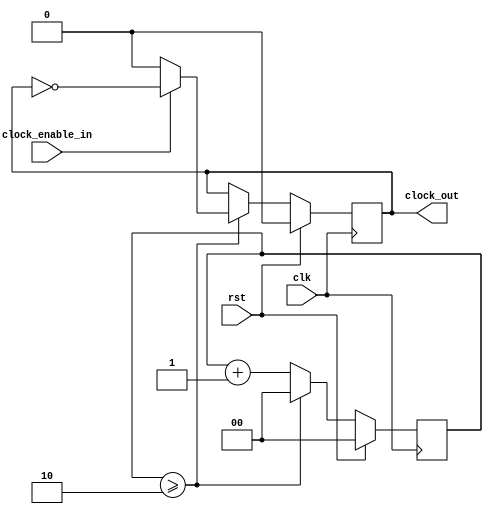
// This program was cloned from: https://github.com/MiSTeX-devel/MiSTeX-ports
// License: BSD 3-Clause "New" or "Revised" License

/* Generated by Yosys 0.17 (git sha1 6f9602b4c, gcc 11.3.0-1ubuntu1~22.04 -fPIC -Os) */

module sck_divider(clock_enable_in, rst, clk, clock_out);
  reg \$auto$verilog_backend.cc:2083:dump_module$17  = 0;
  wire \$1 ;
  wire \$3 ;
  wire \$5 ;
  wire [2:0] \$7 ;
  wire [2:0] \$8 ;
  input clk;
  wire clk;
  reg [1:0] clock_counter = 2'h0;
  reg [1:0] \clock_counter$next ;
  input clock_enable_in;
  wire clock_enable_in;
  output clock_out;
  reg clock_out = 1'h0;
  reg \clock_out$next ;
  input rst;
  wire rst;
  assign \$1  = clock_counter >= 2'h2;
  assign \$3  = ~ clock_out;
  assign \$5  = clock_counter >= 2'h2;
  assign \$8  = clock_counter + 1'h1;
  always @(posedge clk)
    clock_counter <= \clock_counter$next ;
  always @(posedge clk)
    clock_out <= \clock_out$next ;
  always @* begin
    if (\$auto$verilog_backend.cc:2083:dump_module$17 ) begin end
    \clock_out$next  = clock_out;
    casez (\$1 )
      1'h1:
          (* full_case = 32'd1 *)
          casez (clock_enable_in)
            1'h1:
                \clock_out$next  = \$3 ;
            default:
                \clock_out$next  = 1'h0;
          endcase
    endcase
    casez (rst)
      1'h1:
          \clock_out$next  = 1'h0;
    endcase
  end
  always @* begin
    if (\$auto$verilog_backend.cc:2083:dump_module$17 ) begin end
    (* full_case = 32'd1 *)
    casez (\$5 )
      1'h1:
          \clock_counter$next  = 2'h0;
      default:
          \clock_counter$next  = \$8 [1:0];
    endcase
    casez (rst)
      1'h1:
          \clock_counter$next  = 2'h0;
    endcase
  end
  assign \$7  = \$8 ;
endmodule

module spi_device(spi_device__sdi, spi_device__sck, spi_device__cs, word_in, word_out, word_accepted, word_complete, rst, clk, spi_device__sdo);
  reg \$auto$verilog_backend.cc:2083:dump_module$18  = 0;
  wire \$1 ;
  wire \$11 ;
  wire [6:0] \$13 ;
  wire \$15 ;
  wire \$17 ;
  wire \$19 ;
  wire \$21 ;
  wire \$23 ;
  wire \$25 ;
  wire [6:0] \$27 ;
  wire \$29 ;
  wire \$3 ;
  wire \$31 ;
  wire \$33 ;
  wire \$35 ;
  wire \$37 ;
  wire [6:0] \$39 ;
  wire [6:0] \$40 ;
  wire \$42 ;
  wire \$44 ;
  wire \$46 ;
  wire \$48 ;
  wire \$5 ;
  wire \$7 ;
  wire \$9 ;
  (* \amaranth.sample_reg  = 32'd1 *)
  reg \$sample$s$chip_selected$sync$1  = 1'h0;
  wire \$sample$s$chip_selected$sync$1$next ;
  (* \amaranth.sample_reg  = 32'd1 *)
  reg \$sample$s$serial_clock$sync$1  = 1'h0;
  wire \$sample$s$serial_clock$sync$1$next ;
  reg [5:0] bit_count = 6'h00;
  reg [5:0] \bit_count$next ;
  wire chip_selected;
  input clk;
  wire clk;
  reg [39:0] current_rx = 40'h0000000000;
  reg [39:0] \current_rx$next ;
  reg [39:0] current_tx = 40'h0000000000;
  reg [39:0] \current_tx$next ;
  reg is_first_bit = 1'h0;
  reg \is_first_bit$next ;
  wire \output ;
  input rst;
  wire rst;
  wire sample;
  wire serial_clock;
  input spi_device__cs;
  wire spi_device__cs;
  input spi_device__sck;
  wire spi_device__sck;
  input spi_device__sdi;
  wire spi_device__sdi;
  output spi_device__sdo;
  reg spi_device__sdo = 1'h0;
  reg \spi_device__sdo$next ;
  output word_accepted;
  reg word_accepted = 1'h0;
  reg \word_accepted$next ;
  output word_complete;
  reg word_complete = 1'h0;
  reg \word_complete$next ;
  output [39:0] word_in;
  reg [39:0] word_in = 40'h0000000000;
  reg [39:0] \word_in$next ;
  input [39:0] word_out;
  wire [39:0] word_out;
  assign \$9  = ~ \$sample$s$serial_clock$sync$1 ;
  assign \$11  = \$9  & serial_clock;
  assign \$13  = bit_count + 1'h1;
  assign \$15  = \$13  == 6'h28;
  assign \$17  = ~ spi_device__cs;
  assign \$1  = ~ \$sample$s$serial_clock$sync$1 ;
  assign \$19  = ~ \$sample$s$chip_selected$sync$1 ;
  assign \$21  = \$19  & chip_selected;
  assign \$23  = ~ \$sample$s$serial_clock$sync$1 ;
  assign \$25  = \$23  & serial_clock;
  assign \$27  = bit_count + 1'h1;
  assign \$29  = \$27  == 6'h28;
  assign \$31  = ~ serial_clock;
  assign \$33  = \$sample$s$serial_clock$sync$1  & \$31 ;
  assign \$35  = ~ \$sample$s$serial_clock$sync$1 ;
  assign \$37  = \$35  & serial_clock;
  assign \$3  = \$1  & serial_clock;
  assign \$40  = bit_count + 1'h1;
  assign \$42  = ~ \$sample$s$serial_clock$sync$1 ;
  assign \$44  = \$42  & serial_clock;
  assign \$46  = ~ \$sample$s$serial_clock$sync$1 ;
  assign \$48  = \$46  & serial_clock;
  assign \$5  = ~ serial_clock;
  assign \$7  = \$sample$s$serial_clock$sync$1  & \$5 ;
  always @(posedge clk)
    current_tx <= \current_tx$next ;
  always @(posedge clk)
    spi_device__sdo <= \spi_device__sdo$next ;
  always @(posedge clk)
    word_accepted <= \word_accepted$next ;
  always @(posedge clk)
    word_complete <= \word_complete$next ;
  always @(posedge clk)
    word_in <= \word_in$next ;
  always @(posedge clk)
    \$sample$s$chip_selected$sync$1  <= \$17 ;
  always @(posedge clk)
    \$sample$s$serial_clock$sync$1  <= spi_device__sck;
  always @(posedge clk)
    current_rx <= \current_rx$next ;
  always @(posedge clk)
    is_first_bit <= \is_first_bit$next ;
  always @(posedge clk)
    bit_count <= \bit_count$next ;
  always @* begin
    if (\$auto$verilog_backend.cc:2083:dump_module$18 ) begin end
    \is_first_bit$next  = is_first_bit;
    (* full_case = 32'd1 *)
    casez (chip_selected)
      1'h1:
          casez (\$44 )
            1'h1:
                \is_first_bit$next  = 1'h0;
          endcase
      default:
          \is_first_bit$next  = 1'h1;
    endcase
    casez (rst)
      1'h1:
          \is_first_bit$next  = 1'h0;
    endcase
  end
  always @* begin
    if (\$auto$verilog_backend.cc:2083:dump_module$18 ) begin end
    \current_rx$next  = current_rx;
    casez (chip_selected)
      1'h1:
          casez (\$48 )
            1'h1:
                \current_rx$next  = { current_rx[38:0], spi_device__sdi };
          endcase
    endcase
    casez (rst)
      1'h1:
          \current_rx$next  = 40'h0000000000;
    endcase
  end
  always @* begin
    if (\$auto$verilog_backend.cc:2083:dump_module$18 ) begin end
    \word_in$next  = word_in;
    casez (word_accepted)
      1'h1:
          \word_in$next  = current_rx;
    endcase
    casez (rst)
      1'h1:
          \word_in$next  = 40'h0000000000;
    endcase
  end
  always @* begin
    if (\$auto$verilog_backend.cc:2083:dump_module$18 ) begin end
    (* full_case = 32'd1 *)
    casez (word_accepted)
      1'h1:
          \word_complete$next  = 1'h1;
      default:
          \word_complete$next  = 1'h0;
    endcase
    casez (rst)
      1'h1:
          \word_complete$next  = 1'h0;
    endcase
  end
  always @* begin
    if (\$auto$verilog_backend.cc:2083:dump_module$18 ) begin end
    \word_accepted$next  = 1'h0;
    casez (chip_selected)
      1'h1:
          casez (\$11 )
            1'h1:
                casez (\$15 )
                  1'h1:
                      \word_accepted$next  = 1'h1;
                endcase
          endcase
    endcase
    casez (rst)
      1'h1:
          \word_accepted$next  = 1'h0;
    endcase
  end
  always @* begin
    if (\$auto$verilog_backend.cc:2083:dump_module$18 ) begin end
    \current_tx$next  = current_tx;
    \spi_device__sdo$next  = spi_device__sdo;
    casez (\$21 )
      1'h1:
          { \spi_device__sdo$next , \current_tx$next [39:1] } = current_tx;
    endcase
    (* full_case = 32'd1 *)
    casez (chip_selected)
      1'h1:
        begin
          casez (\$25 )
            1'h1:
                casez (\$29 )
                  1'h1:
                      \current_tx$next  = word_out;
                endcase
          endcase
          casez (\$33 )
            1'h1:
                { \spi_device__sdo$next , \current_tx$next [39:1] } = current_tx;
          endcase
        end
      default:
          \current_tx$next  = word_out;
    endcase
    casez (rst)
      1'h1:
        begin
          \current_tx$next  = 40'h0000000000;
          \spi_device__sdo$next  = 1'h0;
        end
    endcase
  end
  always @* begin
    if (\$auto$verilog_backend.cc:2083:dump_module$18 ) begin end
    \bit_count$next  = bit_count;
    (* full_case = 32'd1 *)
    casez (chip_selected)
      1'h1:
          casez (\$37 )
            1'h1:
                \bit_count$next  = \$40 [5:0];
          endcase
      default:
          \bit_count$next  = 6'h00;
    endcase
    casez (rst)
      1'h1:
          \bit_count$next  = 6'h00;
    endcase
  end
  assign \$39  = \$40 ;
  assign \$sample$s$chip_selected$sync$1$next  = chip_selected;
  assign \$sample$s$serial_clock$sync$1$next  = serial_clock;
  assign chip_selected = \$17 ;
  assign \output  = \$7 ;
  assign sample = \$3 ;
  assign serial_clock = spi_device__sck;
endmodule

module spi_master(spi_controller__sdo, spi_controller__sck, spi_controller__cs, start_transfer, word_in, word_out, word_complete, clk, rst, spi_controller__sdi);
  reg \$auto$verilog_backend.cc:2083:dump_module$19  = 0;
  wire \$1 ;
  wire \$11 ;
  wire \$2 ;
  wire \$5 ;
  wire \$6 ;
  wire \$9 ;
  (* \amaranth.sample_reg  = 32'd1 *)
  reg \$sample$s$clock_out$sync$1  = 1'h0;
  wire \$sample$s$clock_out$sync$1$next ;
  input clk;
  wire clk;
  reg cs = 1'h1;
  reg \cs$next ;
  reg [1:0] fsm_state = 2'h1;
  reg [1:0] \fsm_state$next ;
  input rst;
  wire rst;
  wire sck;
  reg sck_divider_clock_enable_in = 1'h0;
  reg \sck_divider_clock_enable_in$next ;
  wire sck_divider_clock_out;
  output spi_controller__cs;
  wire spi_controller__cs;
  output spi_controller__sck;
  wire spi_controller__sck;
  input spi_controller__sdi;
  wire spi_controller__sdi;
  output spi_controller__sdo;
  wire spi_controller__sdo;
  wire spi_device_spi_device__cs;
  wire spi_device_spi_device__sck;
  wire spi_device_spi_device__sdi;
  wire spi_device_spi_device__sdo;
  wire spi_device_word_accepted;
  wire spi_device_word_complete;
  wire [39:0] spi_device_word_in;
  wire [39:0] spi_device_word_out;
  input start_transfer;
  wire start_transfer;
  wire word_accepted;
  output word_complete;
  wire word_complete;
  output [39:0] word_in;
  wire [39:0] word_in;
  input [39:0] word_out;
  wire [39:0] word_out;
  assign \$9  = ~ \$sample$s$clock_out$sync$1 ;
  assign \$11  = \$9  & sck_divider_clock_out;
  assign \$2  = ! fsm_state;
  assign \$1  = \$2  ? sck_divider_clock_out : 1'h0;
  assign \$6  = ! fsm_state;
  assign \$5  = \$6  ? 1'h0 : 1'h1;
  always @(posedge clk)
    \$sample$s$clock_out$sync$1  <= sck_divider_clock_out;
  always @(posedge clk)
    fsm_state <= \fsm_state$next ;
  always @(posedge clk)
    sck_divider_clock_enable_in <= \sck_divider_clock_enable_in$next ;
  always @(posedge clk)
    cs <= \cs$next ;
  sck_divider sck_divider (
    .clk(clk),
    .clock_enable_in(sck_divider_clock_enable_in),
    .clock_out(sck_divider_clock_out),
    .rst(rst)
  );
  spi_device spi_device (
    .clk(clk),
    .rst(rst),
    .spi_device__cs(spi_device_spi_device__cs),
    .spi_device__sck(spi_device_spi_device__sck),
    .spi_device__sdi(spi_device_spi_device__sdi),
    .spi_device__sdo(spi_device_spi_device__sdo),
    .word_accepted(spi_device_word_accepted),
    .word_complete(spi_device_word_complete),
    .word_in(spi_device_word_in),
    .word_out(spi_device_word_out)
  );
  always @* begin
    if (\$auto$verilog_backend.cc:2083:dump_module$19 ) begin end
    \cs$next  = \$5 ;
    casez (rst)
      1'h1:
          \cs$next  = 1'h1;
    endcase
  end
  always @* begin
    if (\$auto$verilog_backend.cc:2083:dump_module$19 ) begin end
    \sck_divider_clock_enable_in$next  = sck_divider_clock_enable_in;
    casez (fsm_state)
      2'h1:
        begin
          \sck_divider_clock_enable_in$next  = 1'h0;
          casez (start_transfer)
            1'h1:
                \sck_divider_clock_enable_in$next  = 1'h1;
          endcase
        end
    endcase
    casez (rst)
      1'h1:
          \sck_divider_clock_enable_in$next  = 1'h0;
    endcase
  end
  always @* begin
    if (\$auto$verilog_backend.cc:2083:dump_module$19 ) begin end
    \fsm_state$next  = fsm_state;
    casez (fsm_state)
      2'h1:
          casez (start_transfer)
            1'h1:
                \fsm_state$next  = 2'h2;
          endcase
      2'h2:
          casez (\$11 )
            1'h1:
                \fsm_state$next  = 2'h0;
          endcase
      2'h0:
          casez (spi_device_word_complete)
            1'h1:
                \fsm_state$next  = 2'h1;
          endcase
    endcase
    casez (rst)
      1'h1:
          \fsm_state$next  = 2'h1;
    endcase
  end
  assign \$sample$s$clock_out$sync$1$next  = sck_divider_clock_out;
  assign sck = \$1 ;
  assign word_complete = spi_device_word_complete;
  assign word_accepted = spi_device_word_accepted;
  assign spi_device_word_out = word_out;
  assign word_in = spi_device_word_in;
  assign spi_device_spi_device__cs = cs;
  assign spi_device_spi_device__sck = sck;
  assign spi_device_spi_device__sdi = spi_controller__sdi;
  assign spi_controller__sdo = spi_device_spi_device__sdo;
  assign spi_controller__cs = cs;
  assign spi_controller__sck = sck;
endmodule